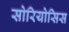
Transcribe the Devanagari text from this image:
सोरियोसिस